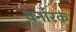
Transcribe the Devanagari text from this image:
बर्नारक